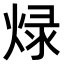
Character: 𤊒